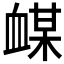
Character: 𲀙